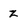
Character: z